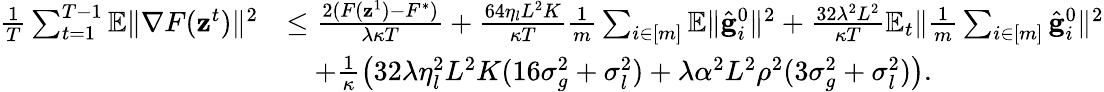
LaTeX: \begin{array}{rl}{\frac{1}{T}\sum_{t=1}^{T-1}\mathbb{E}\Vert\nabla F(\mathbf{z}^{t})\Vert^{2}}&{\leq\frac{2(F(\mathbf{z}^{1})-F^{*})}{\lambda\kappa T}+\frac{64\eta_{l}L^{2}K}{\kappa T}\frac{1}{m}\sum_{i\in[m]}\mathbb{E}\Vert\hat{\mathbf{g}}_{i}^{0}\Vert^{2}+\frac{32\lambda^{2}L^{2}}{\kappa T}\mathbb{E}_{t}\Vert\frac{1}{m}\sum_{i\in[m]}\hat{\mathbf{g}}_{i}^{0}\Vert^{2}}\\ &{\quad+\frac{1}{\kappa}\left(32\lambda\eta_{l}^{2}L^{2}K(16\sigma_{g}^{2}+\sigma_{l}^{2})+\lambda\alpha^{2}L^{2}\rho^{2}(3\sigma_{g}^{2}+\sigma_{l}^{2})\right).}\end{array}